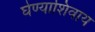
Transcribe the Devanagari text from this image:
घेण्याशिवाय